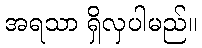
အရသာ ရှိလှပါမည်။